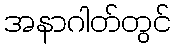
အနာဂါတ်တွင်